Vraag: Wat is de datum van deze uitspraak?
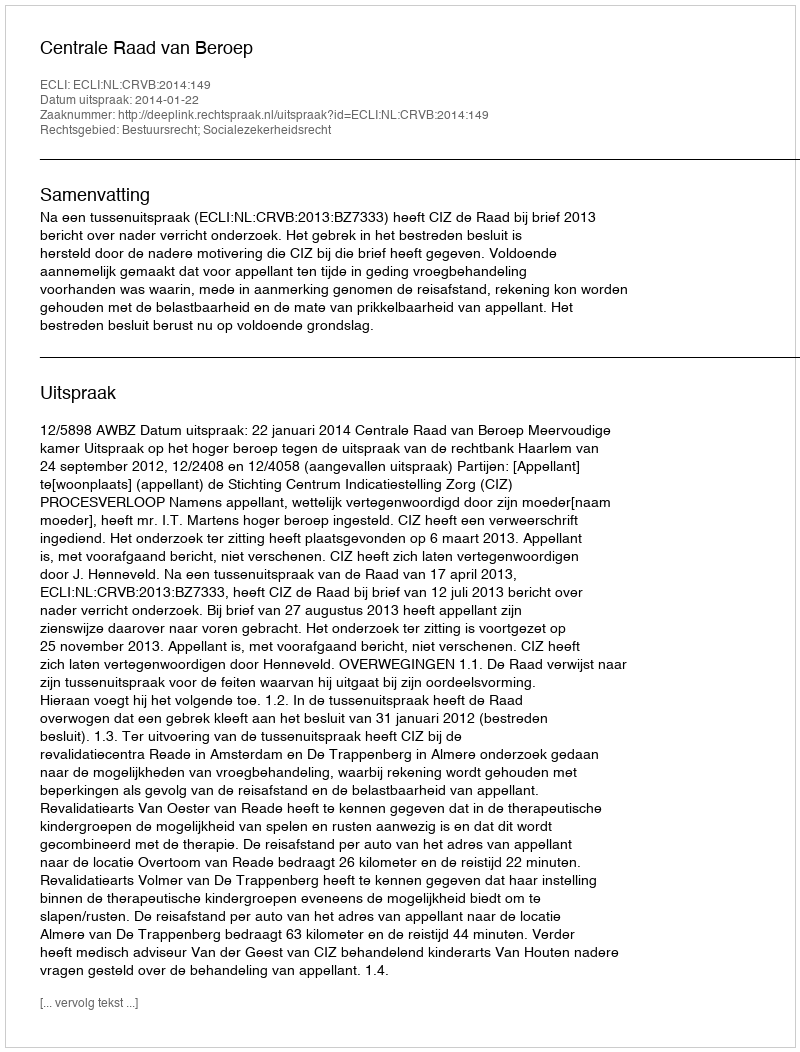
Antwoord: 2014-01-22